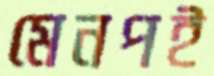
মেনপই